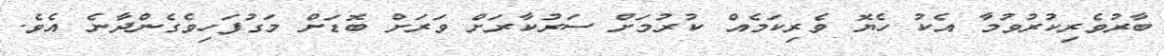
ބާރުވެރިކުރުވުމާ އެކު ހެޔޮ ވެރިކަމެއް ކުރުމަށް ސަރުކާރަށް ވަރަށް ބޮޑަށް މަގުފަހިވެގެންދާނެ އެވެ.